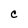
Character: C